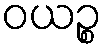
ဝယဉ္စ